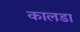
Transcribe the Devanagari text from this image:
कालडा